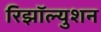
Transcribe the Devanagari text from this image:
रिझॉल्युशन